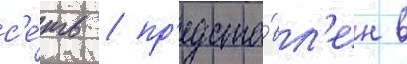
с'е́ть / пр'едста́вл'ен в